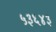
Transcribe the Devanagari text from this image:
५३६४३